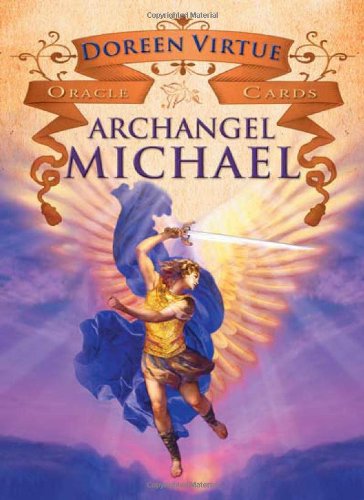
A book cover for Archangel Michael Oracle Cards: A 44-Card Deck and Guidebook; Doreen Virtue; Religion & Spirituality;